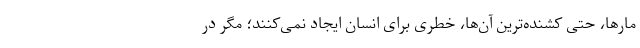
مارها، حتی کشنده‌ترین آن‌ها، خطری برای انسان ایجاد نمی‌کنند؛ مگر در